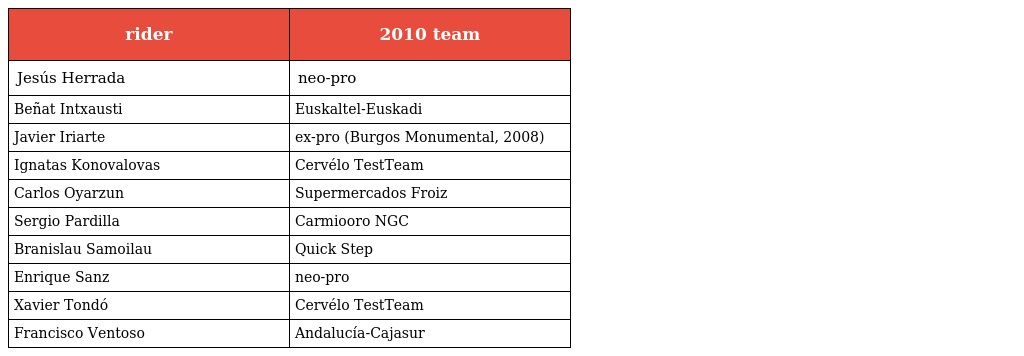
| rider | 2010 team |
 | --- | --- |
 | Jesús Herrada | neo-pro |
 | Beñat Intxausti | Euskaltel-Euskadi |
 | Javier Iriarte | ex-pro (Burgos Monumental, 2008) |
 | Ignatas Konovalovas | Cervélo TestTeam |
 | Carlos Oyarzun | Supermercados Froiz |
 | Sergio Pardilla | Carmiooro NGC |
 | Branislau Samoilau | Quick Step |
 | Enrique Sanz | neo-pro |
 | Xavier Tondó | Cervélo TestTeam |
 | Francisco Ventoso | Andalucía-Cajasur |